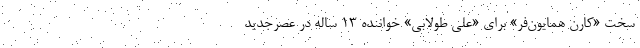
سخت «کارن همایون‌فر» برای «علی طولابی» خواننده ۱۳ ساله در عصرجدید